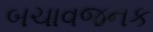
બચાવજનક